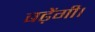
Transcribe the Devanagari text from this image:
बढ़ेंगी।